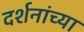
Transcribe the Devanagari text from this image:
दर्शनांच्या